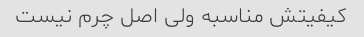
کیفیتش مناسبه ولی اصل چرم نیست